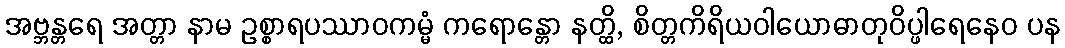
အဗ္ဘန္တရေ အတ္တာ နာမ ဥစ္စာရပဿာဝကမ္မံ ကရောန္တော နတ္ထိ, စိတ္တကိရိယဝါယောဓာတုဝိပ္ဖါရေနေဝ ပန